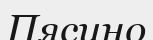
Пясино